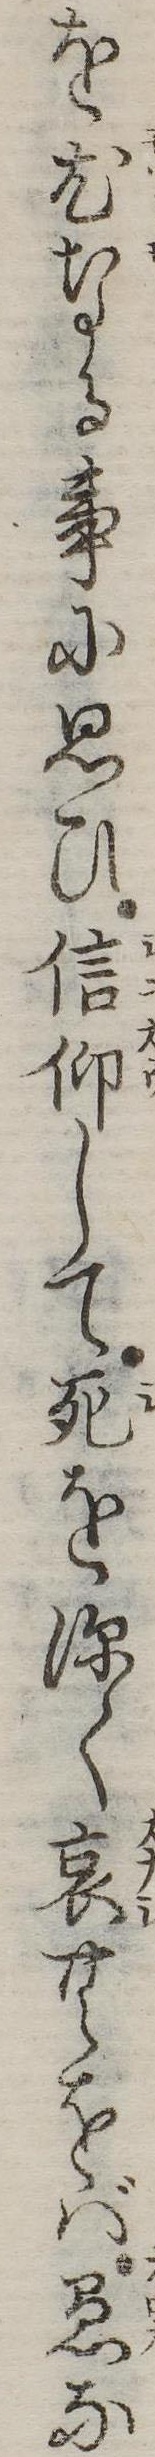
を尤なる事に思ひ信仰して死を深く哀むをば愚な